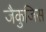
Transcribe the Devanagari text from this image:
जैकुजिस